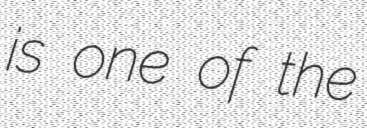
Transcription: is one of the